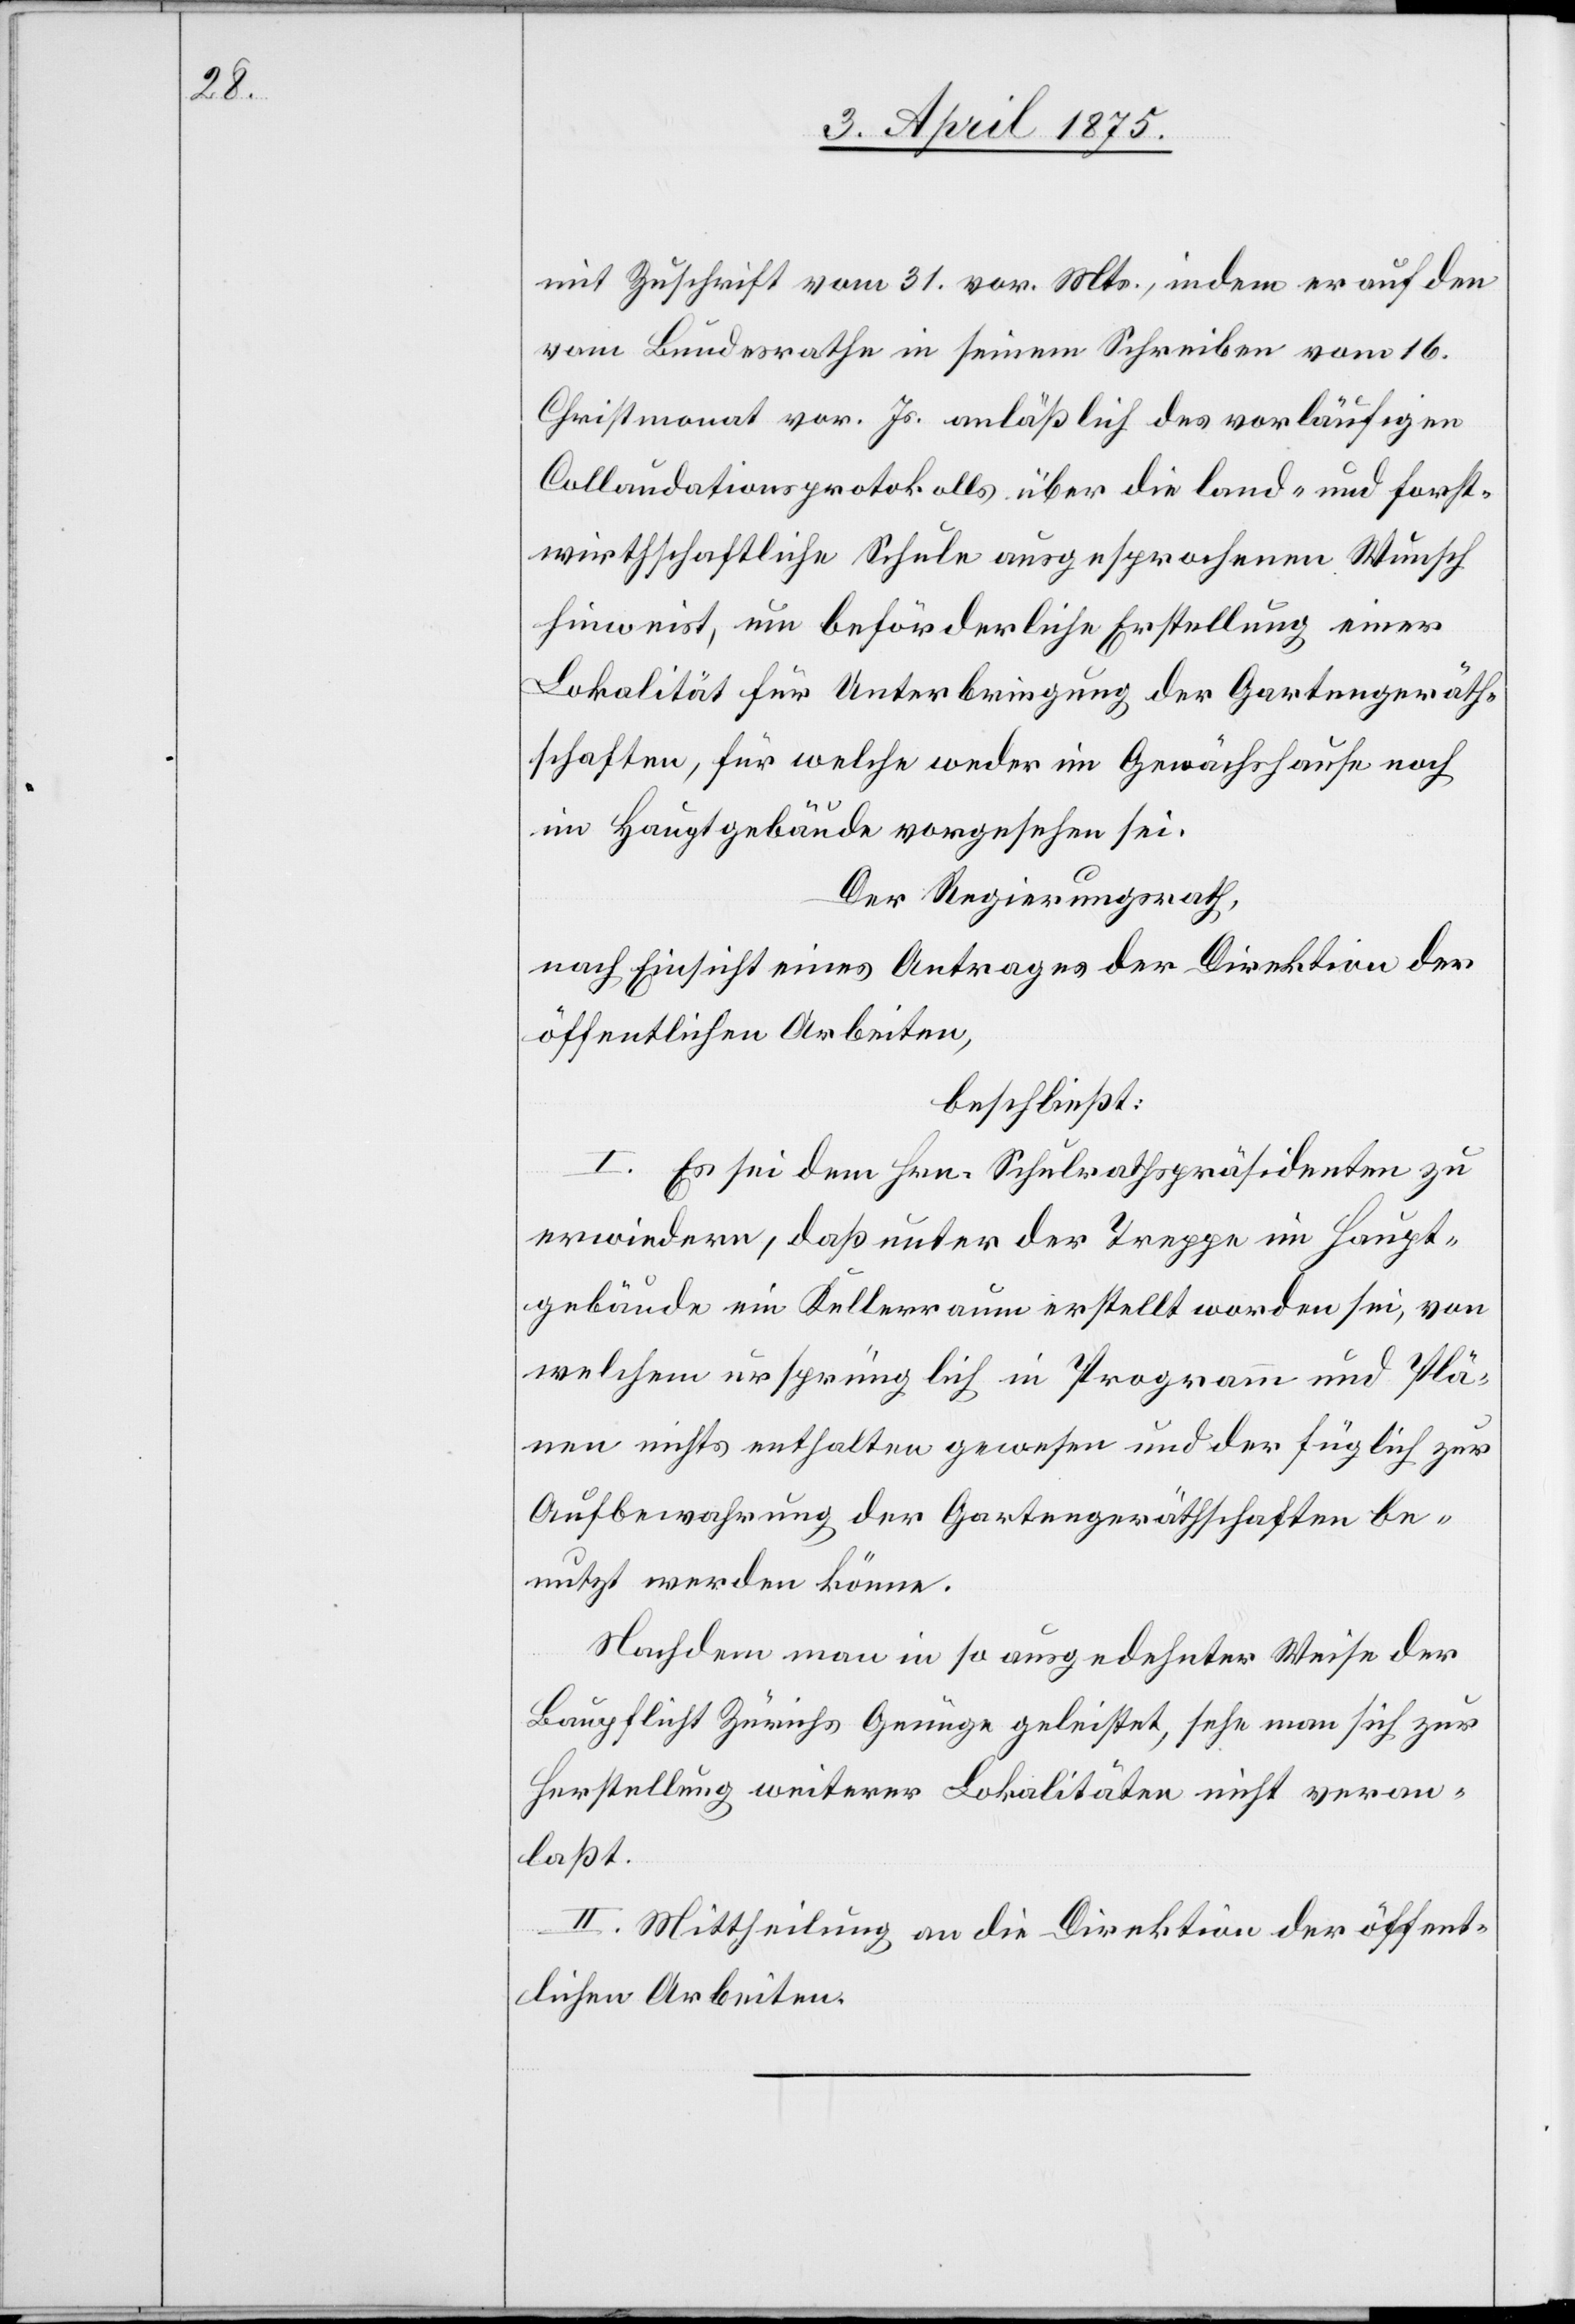
mit Zuschrift vom 31. vor. Mts., indem er auf den
vom Bundesrathe in seinem Schreiben vom 16.
Christmonat vor. Js. anläßlich des vorläufigen
Collaudationsprotokolls über die land- und forst¬
wirtschaftliche Schule ausgesprochenen Wunsch
hinweist, um beförderliche Erstellung einer
Lokalität für Unterbringung der Gartengeräth¬
schaften, für welche weder im Gewächshause noch
im Hauptgebäude vorgesehen sei.
Der Regierungsrath,
nach Einsicht eines Antrages der Direktion der
öffentlichen Arbeiten,
beschließt:
I. Es sei dem Hrn. Schulrathspräsidenten zu
erwiedern, daß unter der Treppe im Haupt¬
gebäude ein Kellerraum erstellt worden sei, von
welchem ursprünglich in Programm und Plä¬
nen nichts enthalten gewesen und der füglich zur
Aufbewahrung der Gartengeräthschaften be¬
nutzt werden könne.
Nachdem man in so ausgedehnter Weise der
Baupflicht Zürichs genüge geleistet, sehe man sich zur
Herstellung weiterer Lokalitäten nicht veran¬
laßt.
II. Mittheilung an die Direktion der öffent¬
lichen Arbeiten.